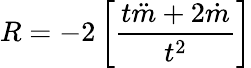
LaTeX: R=-2\left[\frac{t\ddot{m}+2\dot{m}}{t^{2}}\right]